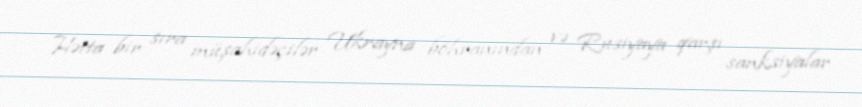
Hətta bir sıra müşahidəçilər Ukrayna böhranından və Rusiyaya qarşı sanksiyalar